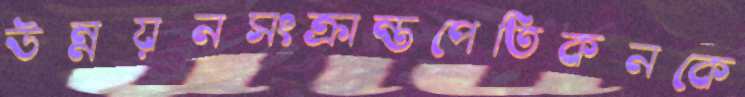
উন্নয়নসংক্রান্তপেতিকনকে